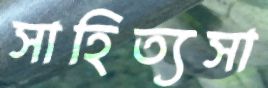
সাহিত্যসা